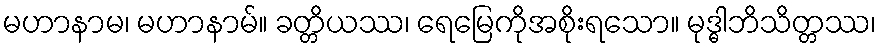
မဟာနာမ၊ မဟာနာမ်။ ခတ္တိယဿ၊ ရေမြေကိုအစိုးရသော။ မုဒ္ဓါဘိသိတ္တဿ၊